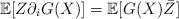
LaTeX: \begin{align*} \mathbb{E}[Z\partial_i G(X)]=\mathbb{E}[G(X)\bar{Z}]\end{align*}